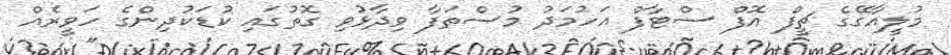
މުލީއާގޭގެ ޗީފް އޮފް ސްޓާފް އަހުމަދު މުސްތަފާ ވިދާޅުވި ގޮތުގައި ކުޑަކުދިންގެ ހަވީރެއް